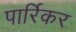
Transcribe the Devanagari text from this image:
पार्रिकर